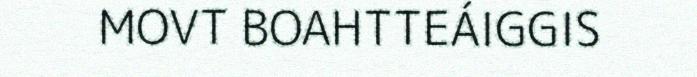
MOVT BOAHTTEÁIGGIS